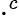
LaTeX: \cdot^{c}